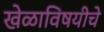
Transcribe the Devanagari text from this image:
खेळाविषयीचे